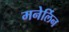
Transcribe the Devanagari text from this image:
मनेर्लिन